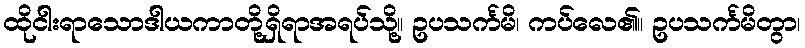
ထိုငါးရာသောဒါယကာတို့ရှိရာအရပ်သို့။ ဥပသင်္ကမိ၊ ကပ်လေ၏။ ဥပသင်္ကမိတွာ၊